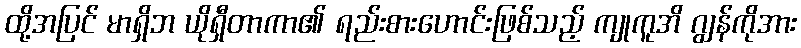
ထို့အပြင် မာရှိဘ ယိုရှီတာကာ၏ ရည်းစားဟောင်းဖြစ်သည့် ကျုကူအိ ဂျွန်ကိုအား